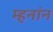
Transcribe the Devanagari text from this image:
म्हनांन